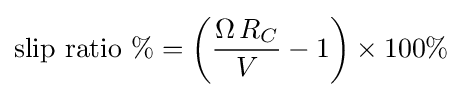
{\text{slip ratio}}\ \%=\left({\frac {\Omega \,R_{C}}{V}}-1\right)\times 100\%